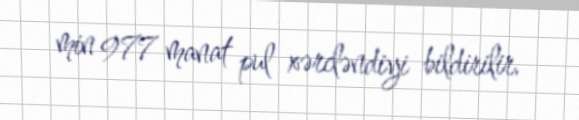
min 977 manat pul xərcləndiyi bildirilir.